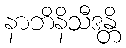
နာဘိနိသီဒန္တိ